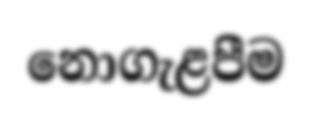
නොගැළපීම